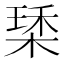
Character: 𣕰